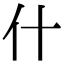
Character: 什